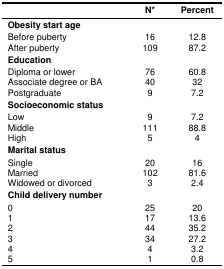
<table><thead><tr><td></td><td><b>N*</b></td><td><b>Percent</b></td></tr></thead><tbody><tr><td colspan="3"><b>Obesity start age</b></td></tr><tr><td>Before pubertyAfter puberty</td><td>16109</td><td>12.887.2</td></tr><tr><td><b>Education</b></td><td></td><td></td></tr><tr><td>Diploma or lowerAssociate degree or BAPostgraduate</td><td>76409</td><td>60.8327.2</td></tr><tr><td colspan="3"><b>Socioeconomic status</b></td></tr><tr><td>LowMiddleHigh</td><td>91115</td><td>7.288.84</td></tr><tr><td colspan="3"><b>Marital status</b></td></tr><tr><td>SingleMarriedWidowed or divorced</td><td>201023</td><td>1681.62.4</td></tr><tr><td colspan="3"><b>Child delivery number</b></td></tr><tr><td>012345</td><td>2517443441</td><td>2013.635.227.23.20.8</td></tr></tbody></table>